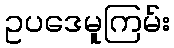
ဥပဒေမူကြမ်း